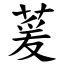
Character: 萲